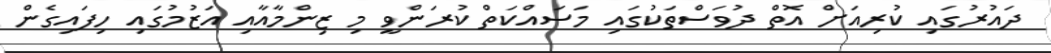
ދައުރުގައި ކުރިއަށް އޮތް ދުވަސްތަކުގައި މަސައްކަތް ކުރަންވީ މި ޒިންމާއާއި އަޒުމުގައި ހިފައިގެން